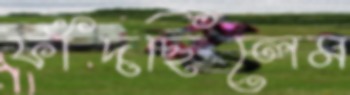
ফাঁদছিলেম